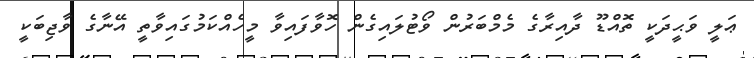
ޢަލީ ވަޙީދަކީ ތޮއްޑޫ ދާއިރާގެ މެމްބަރުން ވޯޓުލައިގެން ހޮވާފައިވާ މީހެއްކަމުގައިވާތީ އޭނާގެ ވާޖިބަކީ